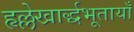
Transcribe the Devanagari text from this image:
हृल्लेखार्द्धभूतायाँ